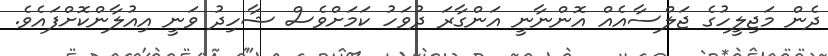
ދެން މަޖިލީހުގެ ޖަލްސާއެއް އޮންނާނީ އަންގާރަ ދުވަހު ކަމަށްވެސް ޝާހިދު ވަނީ އިއުލާންކޮށްފައެވެ.